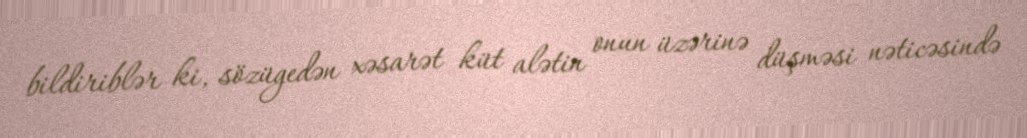
bildiriblər ki, sözügedən xəsarət küt alətin onun üzərinə düşməsi nəticəsində